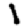
Digit: 1